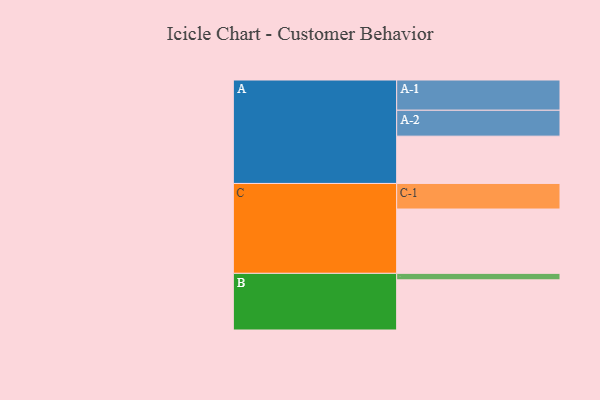
{"axis": {"x": "Segment", "y": "Value"}, "legend": ["", "A", "B", "C"], "data": [{"x": "A", "y": 394, "type": ""}, {"x": "B", "y": 418, "type": ""}, {"x": "C", "y": 536, "type": ""}, {"x": "A-1", "y": 252, "type": "A"}, {"x": "A-2", "y": 216, "type": "A"}, {"x": "B-1", "y": 54, "type": "B"}, {"x": "C-1", "y": 213, "type": "C"}]}